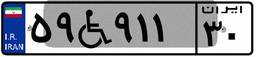
۲۳W۶۳۶۸۸